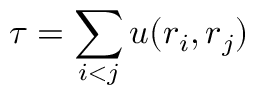
\tau = \sum _ { i < j } u ( \boldsymbol { r } _ { i } , \boldsymbol { r } _ { j } )